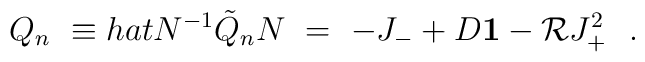
Q_n \ \equiv \\hat{N}^{-1} \tilde{Q} _n  N \ =\ -J_{-} +D {\bf 1}- {\cal R} J_+ ^2\ \ .